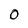
Character: 0